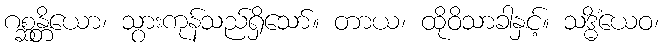
ဂစ္ဆန္တိယော၊ သွားကုန်သည်ရှိသော်။ တာယ၊ ထိုဝိသာခါနှင့်။ သဒ္ဓိံယေဝ၊